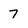
Character: 7